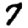
Digit: 7